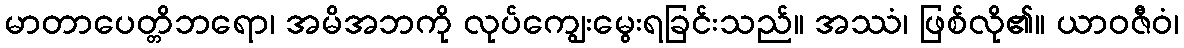
မာတာပေတ္တိဘရော၊ အမိအဘကို လုပ်ကျွေးမွေးရခြင်းသည်။ အဿံ၊ ဖြစ်လို၏။ ယာဝဇီဝံ၊